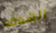
الهدف